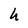
Character: h